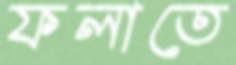
ফলাতে